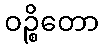
ဝဉ္စိတော